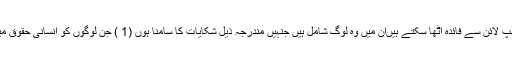
کو ن کون لوگ اس ہیلپ لائن سے فائدہ اٹھا سکتے ہیںان میں وہ لوگ شامل ہیں جنہیں مندرجہ ذیل شکایات کا سامنا ہوں (1 ) جن لوگوں کو انسانی حقوق میں کوتاہی کا سامنا ہو۔